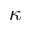
\kappa